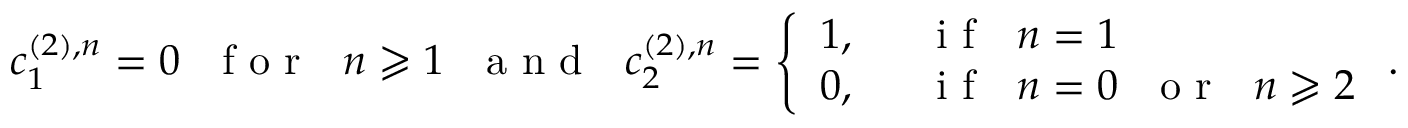
c _ { 1 } ^ { ( 2 ) , n } = 0 \mathrm { ~ ~ ~ f ~ o ~ r ~ ~ ~ } n \geqslant 1 \mathrm { ~ ~ ~ a ~ n ~ d ~ ~ ~ } c _ { 2 } ^ { ( 2 ) , n } = \left\{ \begin{array} { l l } { 1 , } & { \mathrm { ~ ~ ~ i ~ f ~ ~ ~ } n = 1 } \\ { 0 , } & { \mathrm { ~ ~ ~ i ~ f ~ ~ ~ } n = 0 \mathrm { ~ ~ ~ o ~ r ~ ~ ~ } n \geqslant 2 } \end{array} \right. .